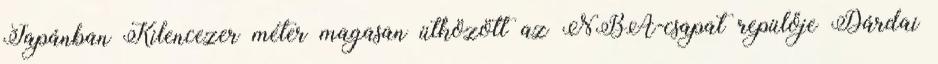
Japánban Kilencezer méter magasan ütközött az NBA-csapat repülője Dárdai